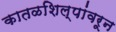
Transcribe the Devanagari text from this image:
कातळशिल्पांवरून